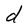
Character: d